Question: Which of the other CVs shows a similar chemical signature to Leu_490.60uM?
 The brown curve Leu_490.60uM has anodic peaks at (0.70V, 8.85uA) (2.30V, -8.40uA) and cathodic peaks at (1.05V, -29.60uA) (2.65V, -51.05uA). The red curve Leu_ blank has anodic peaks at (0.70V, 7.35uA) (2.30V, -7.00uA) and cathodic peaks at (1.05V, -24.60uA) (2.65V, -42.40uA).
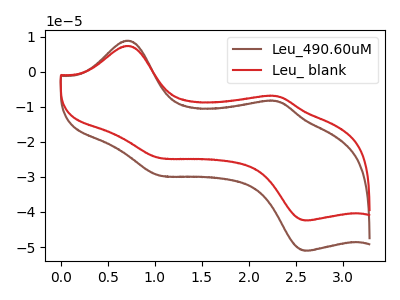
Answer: <think>All the peaks in "Leu_490.60uM" have a peak in "Leu_ blank" at the same potential.
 </think>
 <answer>The CV with the most similar shape to "Leu_ blank" is "Leu_490.60uM".</answer>
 <eval>"Leu_490.60uM"</eval>